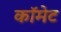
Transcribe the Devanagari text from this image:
काॅमेट